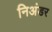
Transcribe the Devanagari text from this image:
निअंडर